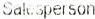
SALESPERSON